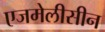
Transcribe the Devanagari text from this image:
एजमेलीसीन